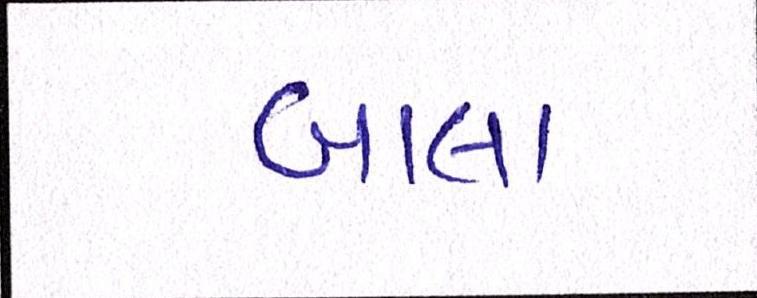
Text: બાલા